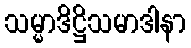
သမ္မာဒိဋ္ဌိသမာဒါနာ